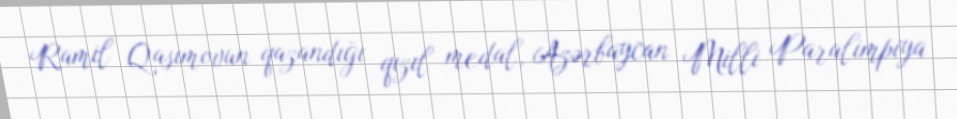
Ramil Qasımovun qazandığı qızıl medal, Azərbaycan Milli Paralimpiya